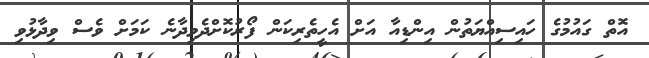
އޮތް ގައުމުގެ ހައިސިއްޔަތުން އިންޑިއާ އަށް އެހީތެރިކަން ފޯރުކޮށްދެވިދާނެ ކަމަށް ވެސް ވިދާޅުވި